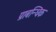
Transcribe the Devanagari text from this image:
प्राबन्धिक